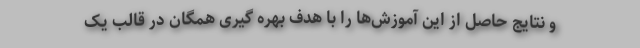
و نتایج حاصل از این آموزش‌ها را با هدف بهره گیری همگان در قالب یک